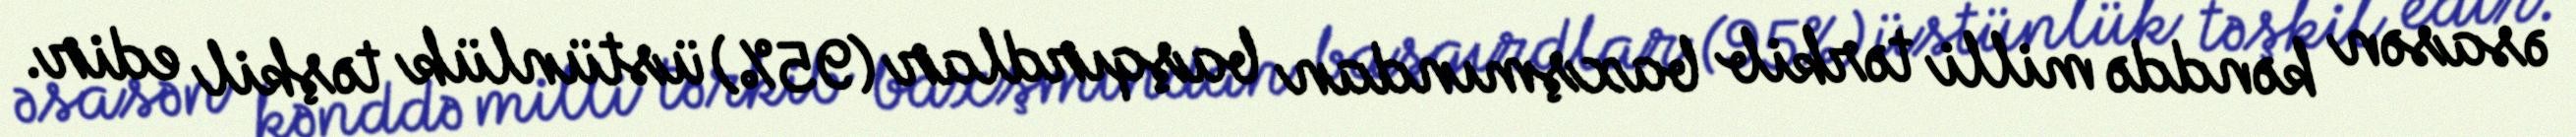
əsasən kənddə milli tərkib baxşmından başqırdlar (95%) üstünlük təşkil edir.